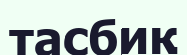
тасбиқ